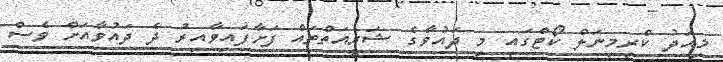
މިއަދު ކްރިމިނަލް ކޯޓްގައި މި ދައުވާގެ ޝަރީއަތްތައް ފަށާފައިވާއިރު ދެ ދައުވާއަށް ވެސް